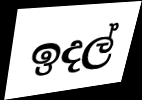
ඉදල්